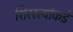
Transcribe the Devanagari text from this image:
शिरस्त्यांकडे